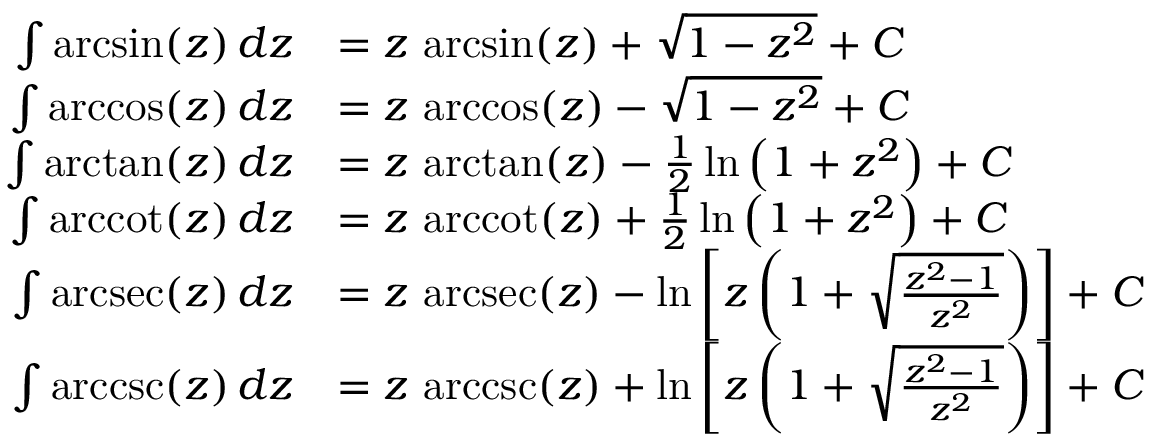
{ \begin{array} { r l } { \int \arcsin ( z ) \, d z } & { = z \, \arcsin ( z ) + { \sqrt { 1 - z ^ { 2 } } } + C } \\ { \int \operatorname { a r c c o s } ( z ) \, d z } & { = z \, \operatorname { a r c c o s } ( z ) - { \sqrt { 1 - z ^ { 2 } } } + C } \\ { \int \arctan ( z ) \, d z } & { = z \, \arctan ( z ) - { \frac { 1 } { 2 } } \ln \left( 1 + z ^ { 2 } \right) + C } \\ { \int \operatorname { a r c c o t } ( z ) \, d z } & { = z \, \operatorname { a r c c o t } ( z ) + { \frac { 1 } { 2 } } \ln \left( 1 + z ^ { 2 } \right) + C } \\ { \int \operatorname { a r c s e c } ( z ) \, d z } & { = z \, \operatorname { a r c s e c } ( z ) - \ln \left[ z \left( 1 + { \sqrt { \frac { z ^ { 2 } - 1 } { z ^ { 2 } } } } \right) \right] + C } \\ { \int \operatorname { a r c c s c } ( z ) \, d z } & { = z \, \operatorname { a r c c s c } ( z ) + \ln \left[ z \left( 1 + { \sqrt { \frac { z ^ { 2 } - 1 } { z ^ { 2 } } } } \right) \right] + C } \end{array} }